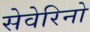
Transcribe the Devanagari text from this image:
सेवेरिनो